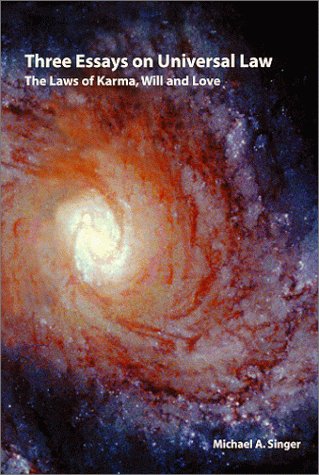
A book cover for Three essays on universal law: The laws of Karma, will, and love; Michael A. Singer; Politics & Social Sciences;